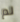
لم